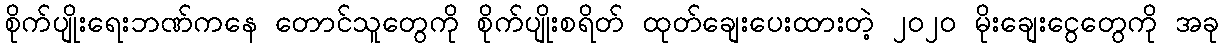
စိုက်ပျိုးရေးဘဏ်ကနေ တောင်သူတွေကို စိုက်ပျိုးစရိတ် ထုတ်ချေးပေးထားတဲ့ ၂၀၂၀ မိုးချေးငွေတွေကို အခု